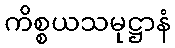
ကိစ္စယသမုဋ္ဌာနံ